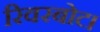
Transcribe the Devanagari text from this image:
रिवरबोट।